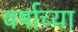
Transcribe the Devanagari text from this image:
वर्षाच्‍या